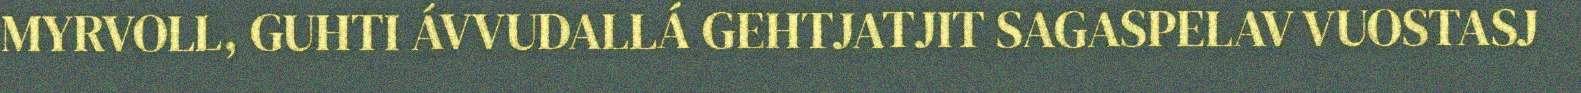
MYRVOLL, GUHTI ÁVVUDALLÁ GEHTJATJIT SAGASPELAV VUOSTASJ